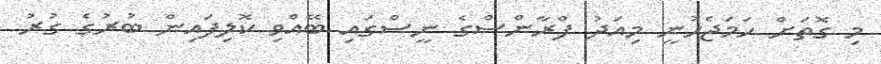
މި ގޮތަށް ހަމަޖެހުނީ މިއަދު ފްރާންސްގެ ނީސްގައި ބޭއްވި ކޮލިފައިން ބުރުގެ ގުރު